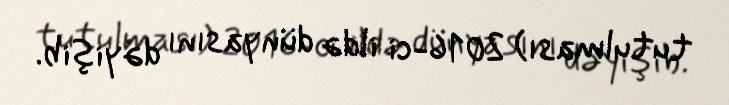
tutulması) 2016-ci ildə dünyasını dəyişib.